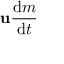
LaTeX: \mathbf { u } { \frac { \mathrm { d } m } { \mathrm { d } t } }